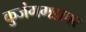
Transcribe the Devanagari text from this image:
कुजंगगडावर